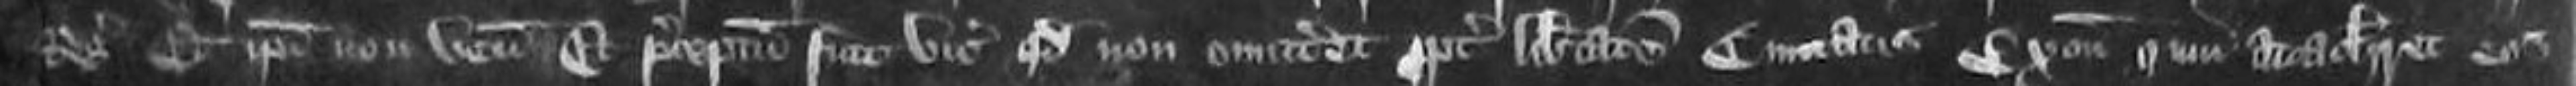
Regis Et ipsi non veniunt Et preceptum fuit vicecomiti quod non omitteret propter libertatem Comitatis Exonie qui attachiaret eos